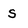
Character: s